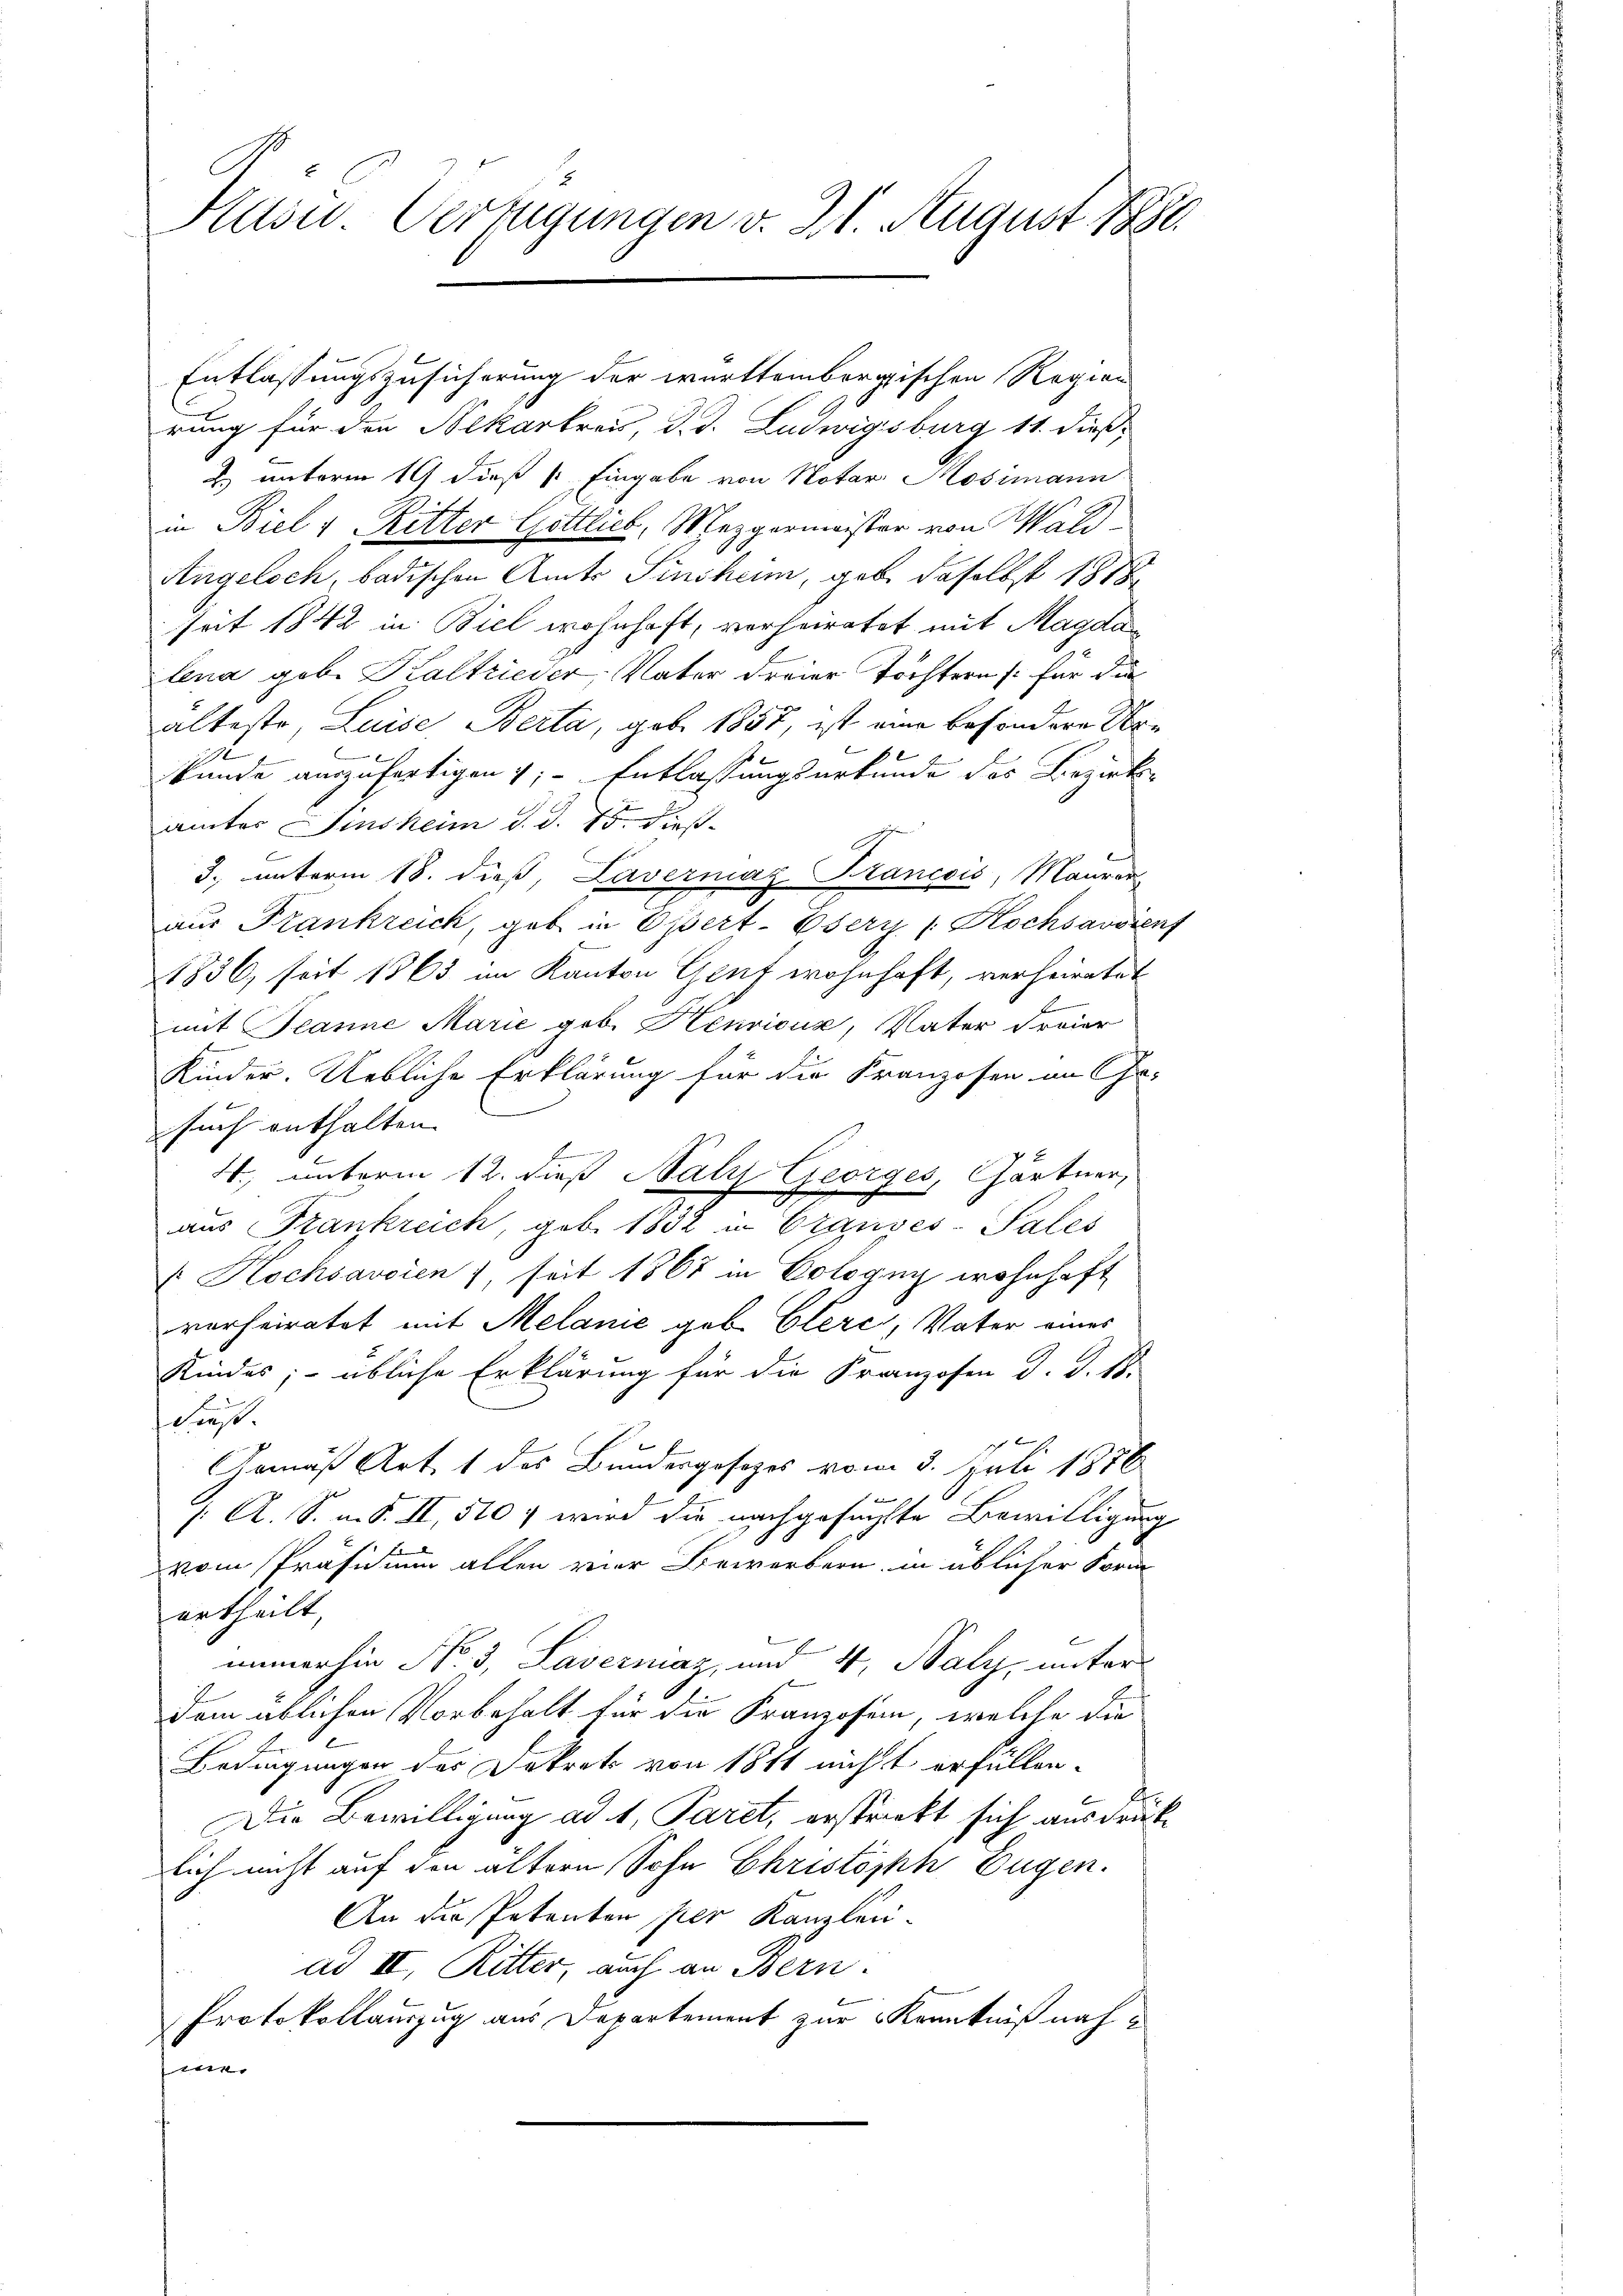
rung für den Nekarkreis, d. d. Ludwigsburg 11. dieß
2. unterm 19 dieß (: Eingabe von Notar. Mosimann
.
in Biel 1 Ritter Gottlieb, Mezgermeister von Wald¬
Angelsch, badischen Amts Sinsheim, gebe daselbst 1818
seit 1842 in Biel wohnhaft, verheiratet mit Magda
lena geb. Kaltrieder, Vater dreier Tochtern s. für die
älteste, Luise Berta, geb. 1857, ist eine besondere Ur¬
6
x
bunde auszufertigen ; - Entlassungsurkunde des Bezirks
amtes Finsheim d. d. 15. dieß¬
3. unterm 18. dieß, Lavermaz-Krancois, Maurer
aus Frankreich, geb. in Osert-Esery / Hochsavoient
1836, seit 1863 im Kanton Genf wohnhaft, verheiratet
F
mit Jeanne Marie geb. Henricus, Vater freier
Kinder. Uebliche Erklärung für die Kranzosen im Ge-
such enthalten |
4., unterm 12. dieß Naly Georges, Gärtner,
aus Frankreich, geb. 1832 in Grandes- Pales
 Kochsavoien), seit 1867 in Cologny wohnhaft
verheiratet mit Melanić geb. Clere, Vater eines
Kindes; - übliche Erklärung für die Franzosen d. J. 18.
dieß
Gemäß Art. 1 des Bundesgesezes vom 3. Juli 1876
e
/: A. S. m. S. II, 510 wird die nachgesuchte Bewilligung
vom Präsidium allen vier Bewerbern in üblicher Form
urtheilt,
immerhin No. 3, Lavermaz, und 4, Saly, unterdem üblichen Vorbehalt für die Franzosen, welche die
Bedingungen des Dekret von 1811 nichtt erfüllen.
Die Bewilligung ad 1 Paret, ersprickt sich ausdruck
lich nicht auf den ältern Sohn Christoph Eugen.
An die Petenten per Kanzlei-
ad II. Ritter, auch an Bern.
Protokollauszug aus Departement zur Kenntniß nah
r |

Husi Verfügungen v. 21. August 1880.

Entlassungszusicherung der württembergischen Regien